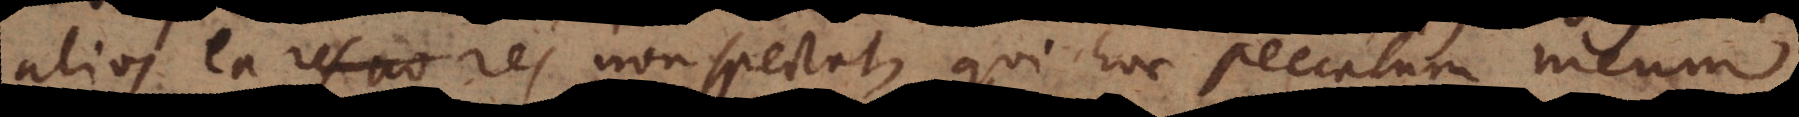
alios ea res non spectat, qui hoc peccatum meum